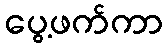
ပွေ့ဖက်ကာ